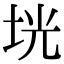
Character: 垙